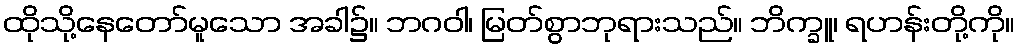
ထိုသို့နေတော်မူသော အခါ၌။ ဘဂဝါ၊ မြတ်စွာဘုရားသည်။ ဘိက္ခူ၊ ရဟန်းတို့ကို။